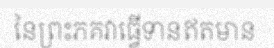
នៃព្រះភគវាធ្វើទានឥតមាន